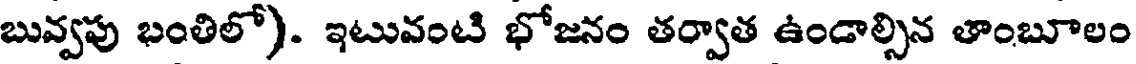
బువ్వపు బంతిలో). ఇటువంటి భోజనం తర్వాత ఉండాల్సిన తాంబూలం